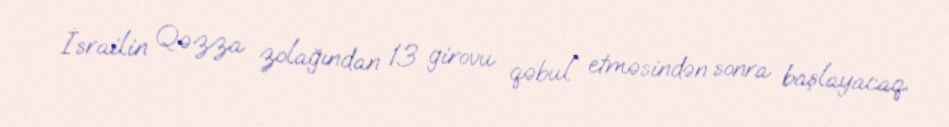
İsrailin Qəzza zolağından 13 girovu qəbul etməsindən sonra başlayacaq.